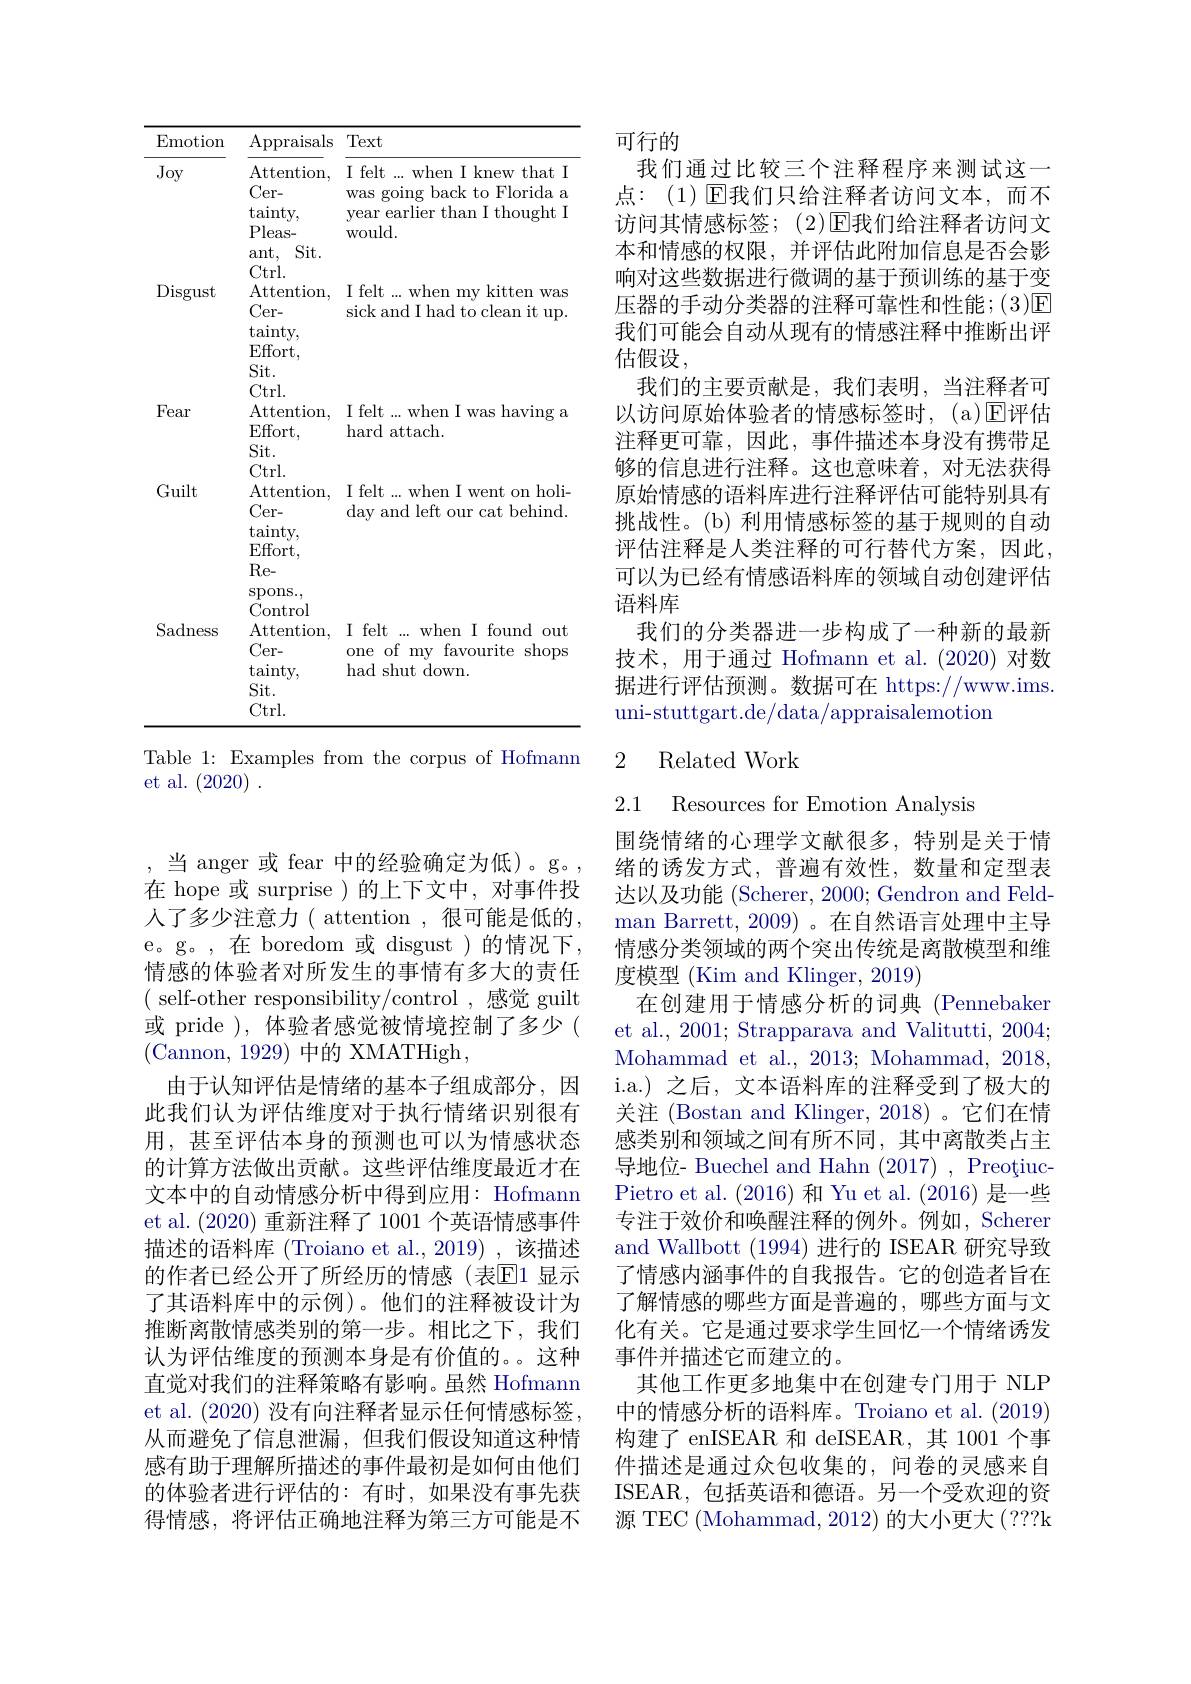
<table>
	<tbody>
		<tr>
			<th>$\operatorname{Emotion}$</th>
			<th>Appraisals</th>
			<th>Text</th>
		</tr>
		<tr>
			<td>Joy</td>
			<td>$\operatorname{Attention}$, Cer- tainty, $Pleas-$ Sit. ant,</td>
			<td>I felt ...when I knew that I was going back to Florida 1: year earlier than I thought $t$, would. </td>
		</tr>
		<tr>
			<td>$\operatorname{Disgust}$</td>
			<td>Ctrl. Attention Cer- tainty, $Effort$, Sit. $14_{\mathrm{m}}$</td>
			<td>I felt ...when my kitten was sick and I had to clean it up.</td>
		</tr>
		<tr>
			<td>Fear</td>
			<td>Ctrl. $\operatorname{Attention}$, $Effort$, Sit. </td>
			<td>I felt ...when I was having a hard attach.</td>
		</tr>
		<tr>
			<td>Guilt</td>
			<td>Ctrl. Attention Cer- $tainty$, $Effort.$ Re- $\operatorname{spons.}$,</td>
			<td>I felt ...when I went on holi- day and left our cat behind.</td>
		</tr>
		<tr>
			<td>Sadness</td>
			<td>Control $\operatorname{Attention}$, Cer- tainty, Sit. Ctrl.</td>
			<td>I felt ... when I found out of my ${\mathrm{y}}{\mathrm{~favourite~shops}}$ one had shut down.</td>
		</tr>
	</tbody>
</table>

Table 1: Examples from the corpus of Hofmann
et al. (2020).

当 anger 或 fear 中的经验确定为低)。g。在 hope 或 surprise )的上下文中，对事件投人了多少注意力( attention , 很可能是低的e。g。,在 boredom 或 disgust )的情况下， 情感的体验者对所发生的事情有多大的责任$({\mathrm{~self-other~responsibility/control~,~感觉~guilt}}$ 或 pride ),体验者感觉被情境控制了多少 ( (Cannon, 1929) 中的 XMATHigh,
由于认知评估是情绪的基本子组成部分，因此我们认为评估维度对于执行情绪识别很有用，甚至评估本身的预测也可以为情感状态的计算方法做出贡献。这些评估维度最近才在文本中的自动情感分析中得到应用：Hofmann et al. (2020)重新注释了 1001 个英语情感事件描述的语料库 (Troiano et al.,2019) ,该描述的作者已经公开了所经历的情感(表$\mathbb{E}$1显示了其语料库中的示例)。他们的注释被设计为推断离散情感类别的第一步。相比之下，我们认为评估维度的预测本身是有价值的。。这种直觉对我们的注释策略有影响。虽然 Hofmann et al. (2020)没有向注释者显示任何情感标签从而避免了信息泄漏，但我们假设知道这种情感有助于理解所描述的事件最初是如何由他们的体验者进行评估的：有时，如果没有事先获得情感，将评估正确地注释为第三方可能是不

可行的

我们通过比较三个注释程序来测试这一点：(1)▣团我们只给注释者访问文本，而不访问其情感标签；(2)回我们给注释者访问文本和情感的权限，并评估此附加信息是否会影响对这些数据进行微调的基于预训练的基于变压器的手动分类器的注释可靠性和性能；(3)回我们可能会自动从现有的情感注释中推断出评估假设，
我们的主要贡献是，我们表明，当注释者可以访问原始体验者的情感标签时，(a)☑评估注释更可靠，因此，事件描述本身没有携带足够的信息进行注释。这也意味着，对无法获得原始情感的语料库进行注释评估可能特别具有挑战性。(b) 利用情感标签的基于规则的自动评估注释是人类注释的可行替代方案，因此， 可以为已经有情感语料库的领域自动创建评估语料库
我们的分类器进一步构成了一种新的最新技术，用于通过 Hofmann et al.(2020)对数据进行评估预测。数据可在 https://www.ims. uni-stuttgart.de/data/appraisalemotion

## 2 Related Work

2.1 Resources for Emotion Analysis

围绕情绪的心理学文献很多，特别是关于情绪的诱发方式，普遍有效性，数量和定型表达以及功能 (Scherer, 2000; Gendron and Feldman Barrett, 2009) 。在自然语言处理中主导情感分类领域的两个突出传统是离散模型和维度模型 (Kim and Klinger, 2019)
在创建用于情感分析的词典 (Pennebaker et al., 2001; Strapparava and Valitutti, 2004; Mohammad et al., 2013; Mohammad, 2018 i.a.) 之后，文本语料库的注释受到了极大的关注 (Bostan and Klinger, 2018)。它们在情感类别和领域之间有所不同，其中离散类占主导地位- Buechel and Hahn (2017), PreoțiucPietro et al. (2016) 和 Yu et al. (2016) 是一些专注于效价和唤醒注释的例外。例如，Scherer and Wallbott (1994)进行的 ISEAR 研究导致了情感内涵事件的自我报告。它的创造者旨在了解情感的哪些方面是普遍的，哪些方面与文化有关。它是通过要求学生回忆一个情绪诱发事件并描述它而建立的。
其他工作更多地集中在创建专门用于 NLP 中的情感分析的语料库。Troiano et al. (2019) 构建了 enISEAR 和 deISEAR, 其 1001 个事件描述是通过众包收集的，问卷的灵感来自ISEAR,包括英语和德语。另一个受欢迎的资源 TEC (Mohammad, 2012) 的大小更大(???k